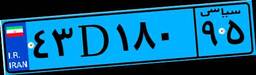
۴۳D۱۸۰۹۵